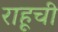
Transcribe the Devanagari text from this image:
राहूची